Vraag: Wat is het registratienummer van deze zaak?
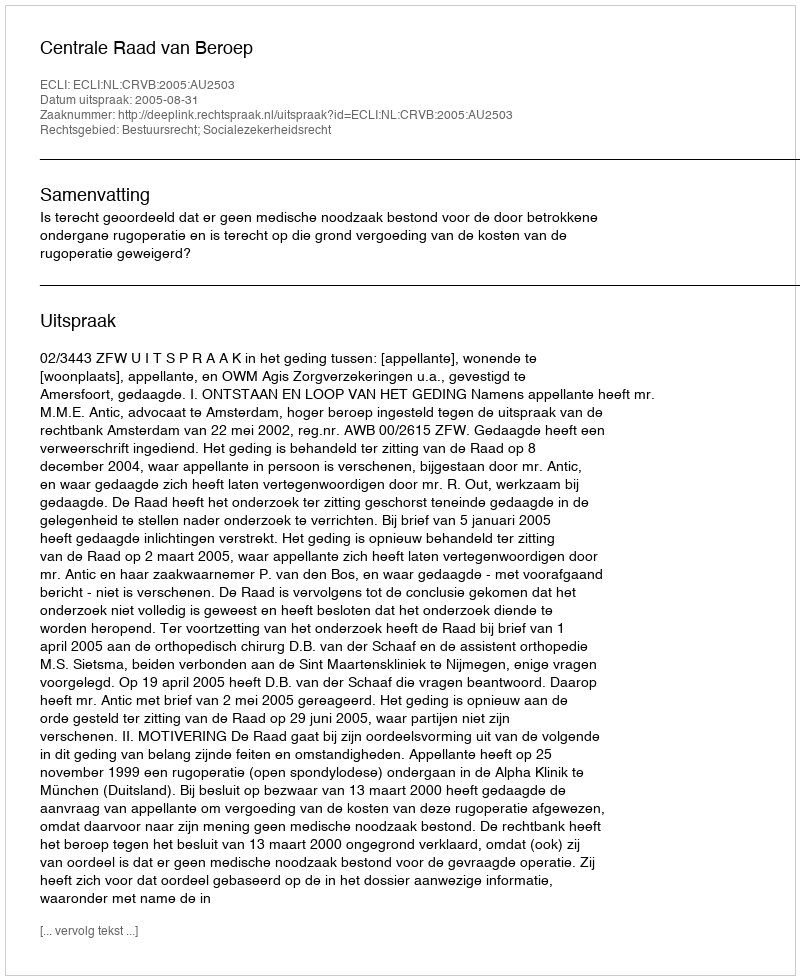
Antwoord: http://deeplink.rechtspraak.nl/uitspraak?id=ECLI:NL:CRVB:2005:AU2503